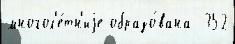
многол'е́тн'иjе образо́вана  352